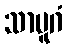
သာပူဂံ